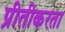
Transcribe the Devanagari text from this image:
प्रीतीकरता